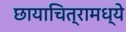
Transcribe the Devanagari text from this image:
छायाचित्रामध्ये